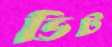
ভিট